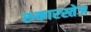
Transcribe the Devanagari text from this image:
रुकारस्तेज